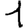
Digit: 1